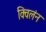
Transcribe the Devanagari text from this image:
क्विलंन